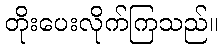
တိုးပေးလိုက်ကြသည်။